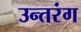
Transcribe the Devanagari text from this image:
उन्तरंग